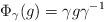
LaTeX: \begin{align*} \Phi_{\gamma}(g) = \gamma g \gamma^{-1} \end{align*}